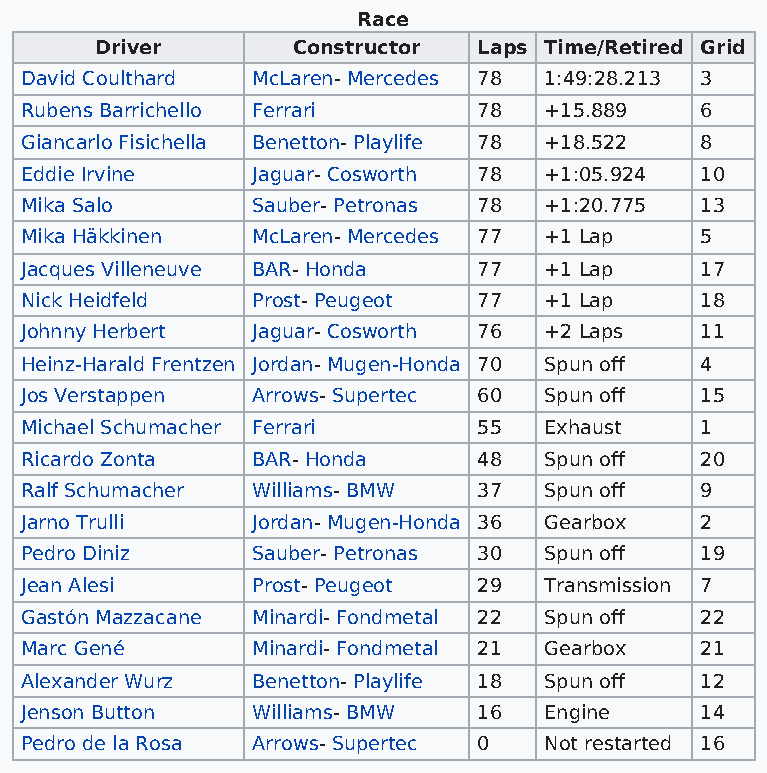
Race
 Driver       Constructor  Laps Time/Retired Grid
 David Coulthard McLaren- Mercedes 78 1:49:28.213 3
 Rubens Barrichello Ferrari     78  +15.889   6
 Giancarlo Fisichella Benetton- Playlife 78 +18.522 8
 Eddie Irvine    Jaguar- Cosworth 78 +1:05.924 10
 Mika Salo       Sauber- Petronas 78 +1:20.775 13
 Mika Häkkinen   McLaren- Mercedes 77 +1 Lap  5
 Jacques Villeneuve BAR- Honda  77  +1 Lap    17
 Nick Heidfeld   Prost- Peugeot 77  +1 Lap    18
 Johnny Herbert  Jaguar- Cosworth 76 +2 Laps  11
 Heinz-Harald Frentzen Jordan- Mugen-Honda 70 Spun off 4
 Jos Verstappen  Arrows- Supertec 60 Spun off 15
 Michael Schumacher Ferrari     55  Exhaust   1
 Ricardo Zonta   BAR- Honda     48  Spun off  20
 Ralf Schumacher Williams- BMW  37  Spun off  9
 Jarno Trulli    Jordan- Mugen-Honda 36 Gearbox 2
 Pedro Diniz     Sauber- Petronas 30 Spun off 19
 Jean Alesi      Prost- Peugeot 29  Transmission 7
 Gastón Mazzacane Minardi- Fondmetal 22 Spun off 22
 Marc Gené       Minardi- Fondmetal 21 Gearbox 21
 Alexander Wurz  Benetton- Playlife 18 Spun off 12
 Jenson Button   Williams- BMW  16  Engine    14
 Pedro de la Rosa Arrows- Supertec 0 Not restarted 16